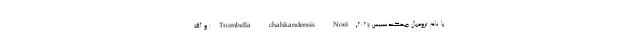
با نام ترومبال چهکندنسیس (Trombella chahkandensis Noei,2021) و آک